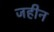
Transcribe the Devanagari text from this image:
जहीन